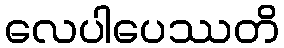
လေပါပေဿတိ